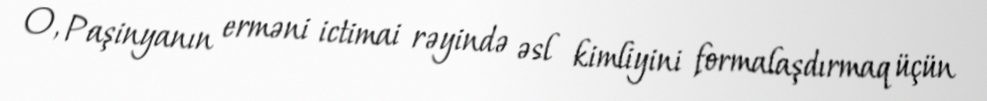
O, Paşinyanın erməni ictimai rəyində əsl kimliyini formalaşdırmaq üçün